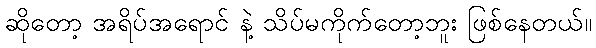
ဆိုတော့ အရိပ်အရောင် နဲ့ သိပ်မကိုက်တော့ဘူး ဖြစ်နေတယ်။